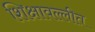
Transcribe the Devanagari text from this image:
शिक्षावल्लीत